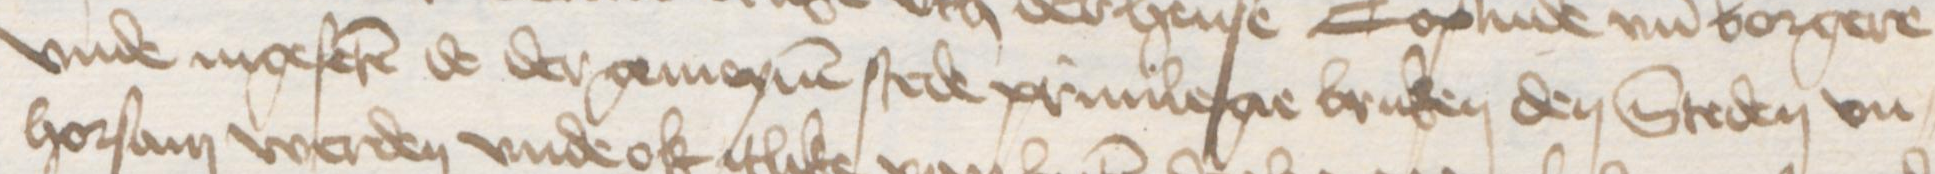
Transcription: vnde ingeferen de der gemeynen stede priuilegie bruken den Steden vn¬